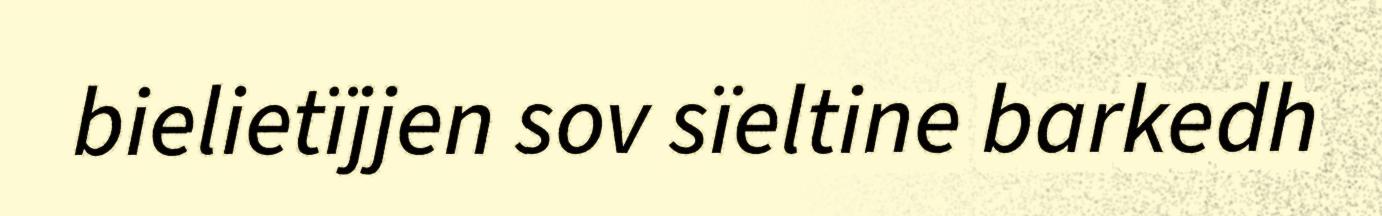
bielietïjjen sov sïeltine barkedh